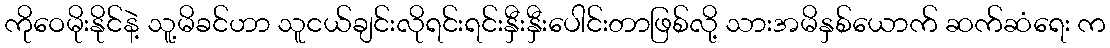
ကိုဝေမိုးနိုင်နဲ့ သူ့မိခင်ဟာ သူငယ်ချင်းလိုရင်းရင်းနှီးနှီးပေါင်းတာဖြစ်လို့ သားအမိနှစ်ယောက် ဆက်ဆံရေး က